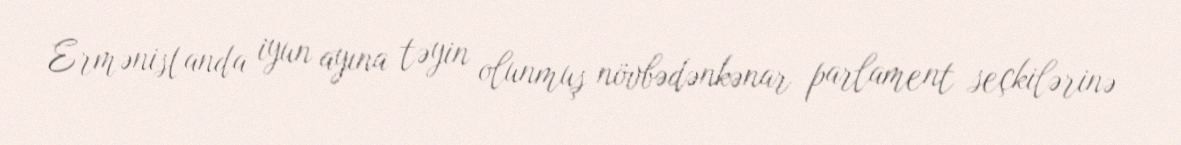
Ermənistanda iyun ayına təyin olunmuş növbədənkənar parlament seçkilərinə